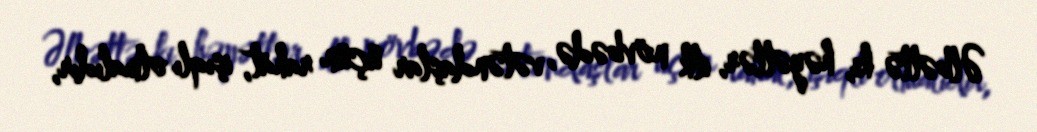
Əlbəttə ki, həyətlər, ilk növbədə, vətəndaşlar üçün rahat, işıqlı olmalıdır,